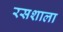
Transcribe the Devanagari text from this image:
रसशाला